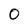
Character: 0